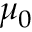
\mu _ { 0 }